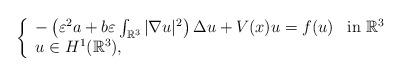
LaTeX: \begin{align*}\left \{ \begin{array}{ll}-\left(\varepsilon^{2}a+b\varepsilon\int_{\mathbb{R}^3}|\nabla u|^{2}\right)\Delta u + V(x)u=f(u) & \mbox{in $\mathbb{R}^3$}\\u \in H^{1}(\mathbb{R}^3),\end{array}\right.\end{align*}